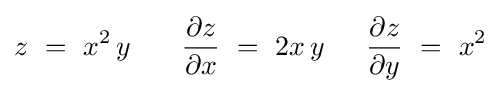
z\,\,=\,\,x^{2}\,y\,\,\,\,\,\,\,\,\,\,\,{{\partial z} \over {\partial x}}\,\,=\,\,2x\,y\,\,\,\,\,\,\,\,\,{{\partial z} \over {\partial y}}\,\,=\,\,x^{2}